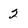
Character: 2